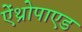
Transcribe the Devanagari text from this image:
ऐंथ्रोपाएड